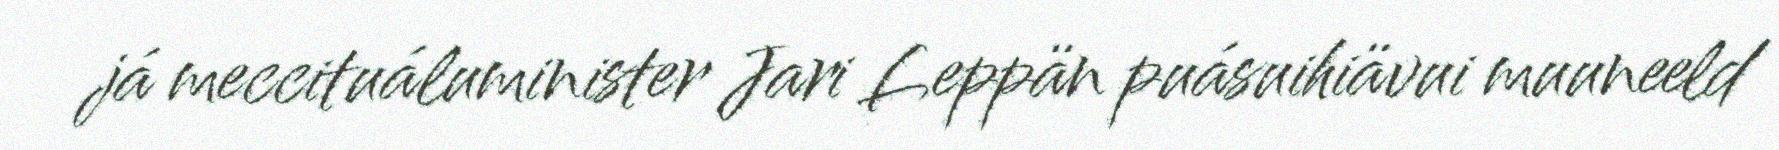
já meccituáluminister Jari Leppän puásuihiävui muuneeld